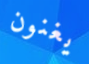
يغنون